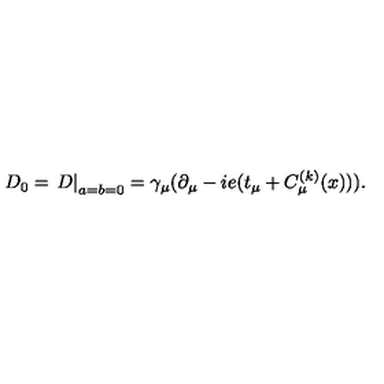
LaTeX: D _ { 0 } = \left. D \right| _ { a = b = 0 } = \gamma _ { \mu } ( \partial _ { \mu } - i e ( t _ { \mu } + C _ { \mu } ^ { ( k ) } ( x ) ) ) .